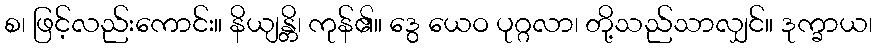
စ၊ ဖြင့်လည်းကောင်း။ နိယျန္တိ၊ ကုန်၏။ ဒွေ ယေဝ ပုဂ္ဂလာ၊ တို့သည်သာလျှင်။ ဒုက္ခာယ၊